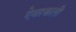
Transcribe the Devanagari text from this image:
ऐवरकली